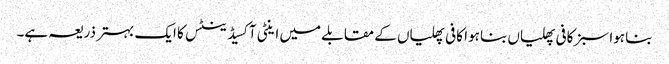
بنا ہوا سبز کافی پھلیاں بنا ہوا کافی پھلیاں کے مقابلے میں اینٹی آکسیڈینٹس کا ایک بہتر ذریعہ ہے۔